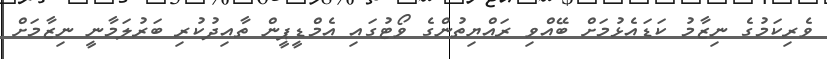
ވެރިކަމުގެ ނިޒާމު ކަޑައެޅުމަށް ބޭއްވި ރައްޔިތުންގެ ވޯޓުގައި އެމްޑީޕީން ތާއިދުކުރި ބަރުލަމާނީ ނިޒާމަށް